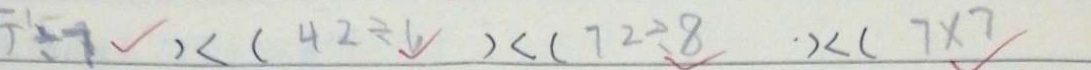
1 \div 7 < ( 4 2 \div 6 ) < ( 7 2 \div 8 ) < ( 7 2 \div 8 ) < ( 7 \times 7